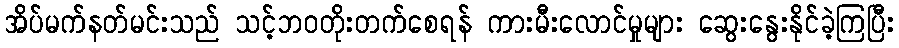
အိပ်မက်နတ်မင်းသည် သင့်ဘဝတိုးတက်စေရန် ကားမီးလောင်မှုများ ဆွေးနွေးနိုင်ခဲ့ကြပြီး